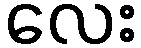
လေး